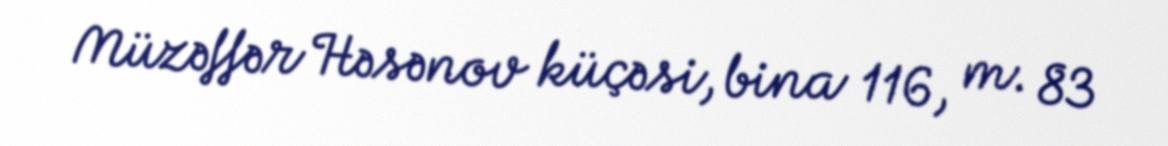
Müzəffər Həsənov küçəsi, bina 116, m. 83